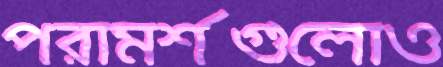
পরামর্শগুলোও